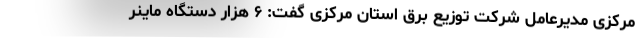
مرکزی مدیرعامل شرکت توزیع برق استان مرکزی گفت: ۶ هزار دستگاه ماینر